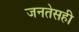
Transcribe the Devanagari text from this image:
जनतेसही